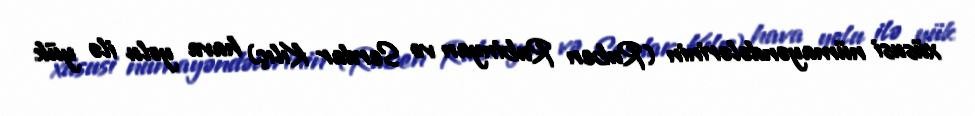
xüsusi nümayəndələrinin (Ruben Rubinyan və Serdar Kılıç) hava yolu ilə yük